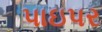
પાઇપર